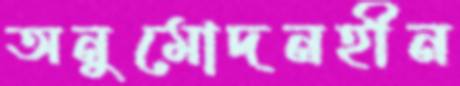
অনুমোদনহীন